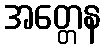
အတ္တေန